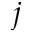
j